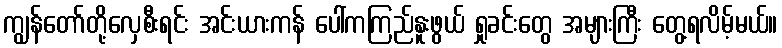
ကျွန်တော်တို့လှေစီးရင်း အင်းယားကန် ပေါ်ကကြည်နူးဖွယ် ရှုခင်းတွေ အများကြီး တွေ့ရလိမ့်မယ်။